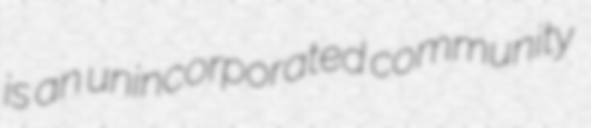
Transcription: is an unincorporated community